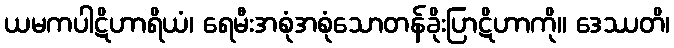
ယမကပါဋိဟာရိယံ၊ ရေမီးအစုံအစုံသောတန်ခိုးပြာဋိဟာကို။ ဒေဿတိ၊